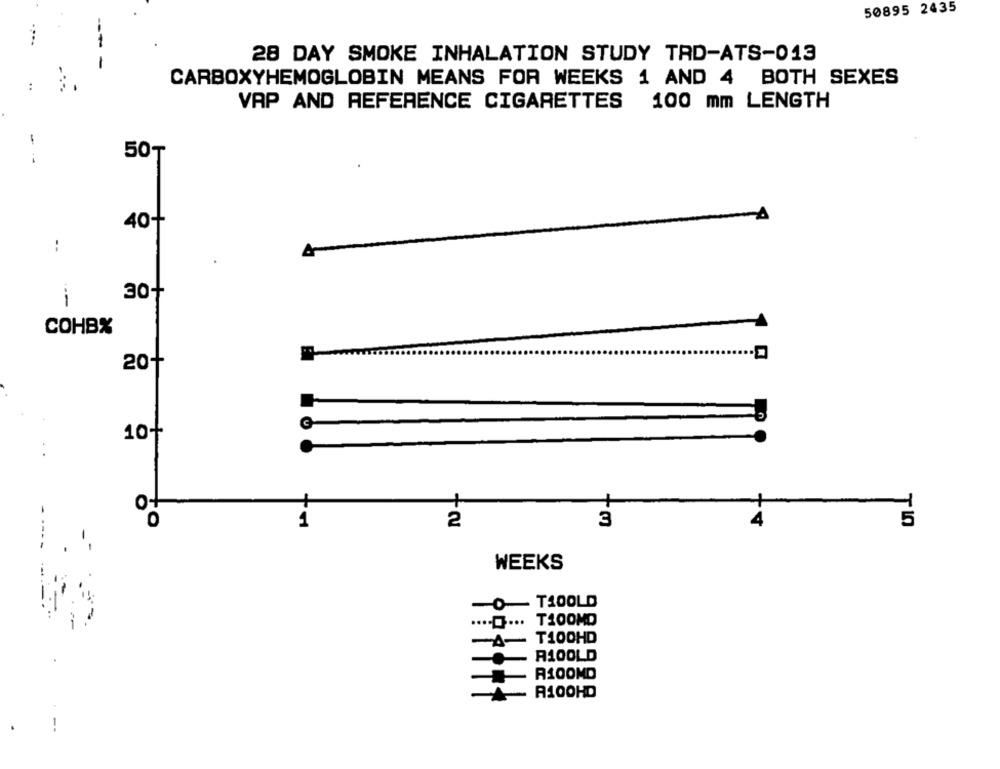
50895 2435
28 DAY SMOKE INHALATION STUDY TAD-ATS-013
-
CARBOXYHEMOGLOBIN MEANS FOR WEEKS 1 AND 4 BOTH SEXES
VAP AND REFERENCE CIGARETTES 100 mm LENGTH
-
50-
40+
:
30+
-
COHB%
20+
V
10+
1
2
3
5
to
WEEKS
T100LD
T100MD
........
T100HD
R100LD
R100MD
A100HD